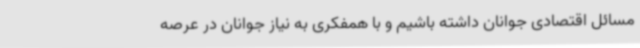
مسائل اقتصادی جوانان داشته باشیم و با همفکری به نیاز جوانان در عرصه